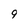
Character: 9